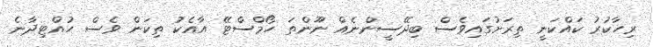
ރިހާކުރު ކައްކަނީ ތިރަށުގައިވެސް ބިދޭސީންނެއް ނޫންތަ ހޯމްސްޓޭ އާއެކު ތިކަން ވެސް ހުއްޓިދާނެ